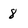
Character: 8